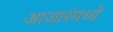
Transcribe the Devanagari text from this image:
आजारंमध्ये